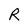
Character: R